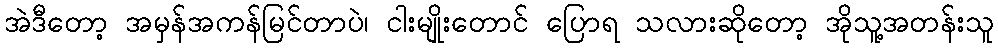
အဲဒီတော့ အမှန်အကန်မြင်တာပဲ၊ ငါးမျိုးတောင် ပြောရ သလားဆိုတော့ အိုသူ့အတန်းသူ